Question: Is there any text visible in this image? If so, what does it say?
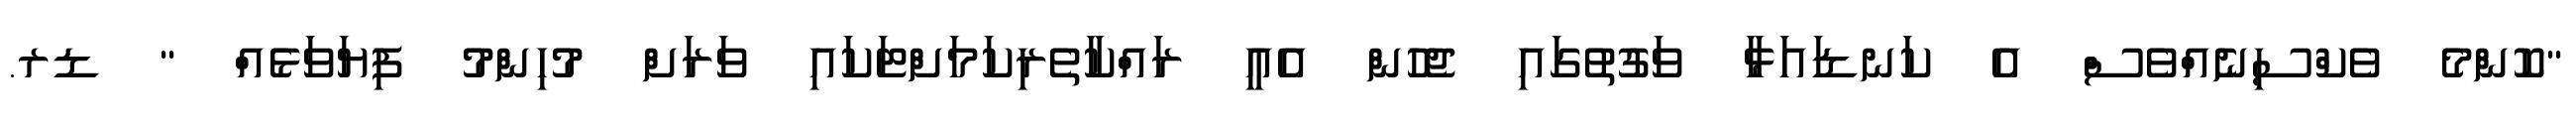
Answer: "ކޮންމެ ވެކްސިނެއްވެސް އެ ކަނޑައަޅާ ވަގުތުގައި ޖެހުން އެއީ ރައްކާތެރިކަމަށްޓަކައި ވަރަށް މުހިންމު ފިޔަވަޅެއް " ޑރ.